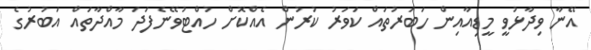
އޭނާ ވިދާޅުވީ މީޑިއާއިން ހަބަރުތައް ކަވަރު ކުރުން އެއްކޮށް ހުއްޓުވޭނެފަދަ މާއްދާތައް އަބުރުގެ